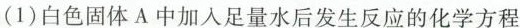
(1)白色固体A中加入足量水后发生反应的化学方程